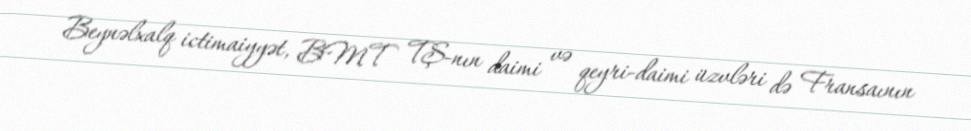
Beynəlxalq ictimaiyyət, BMT TŞ-nın daimi və qeyri-daimi üzvləri də Fransaının